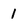
Character: 1